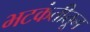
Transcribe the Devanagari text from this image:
भटकंतीतून